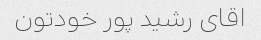
اقای رشید پور خودتون